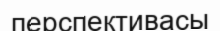
перспективасы